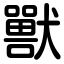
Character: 獸